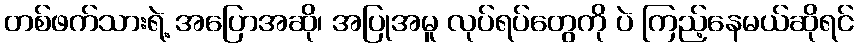
တစ်ဖက်သားရဲ့ အပြောအဆို၊ အပြုအမူ လုပ်ရပ်တွေကို ပဲ ကြည့်နေမယ်ဆိုရင်